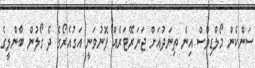
ސަންކެން މޯލްޑިވްސް އިން ތިނަދުއަށް ޖަނަރޭޓަރެއް ފޮނުވަނީ އަގުއެރޯގެ ދެ ގޯލުން ބާންލީގެ